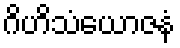
ဂိဟိသံယောဇနံ